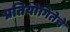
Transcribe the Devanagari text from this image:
प्रतियोगितेचे